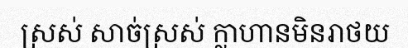
ស្រស់ សាច់ស្រស់ ក្លាហានមិនរាថយ